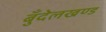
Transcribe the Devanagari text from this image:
बुँदेलखण्ड